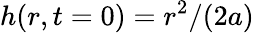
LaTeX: h(r,t=0)=r^{2}/(2a)